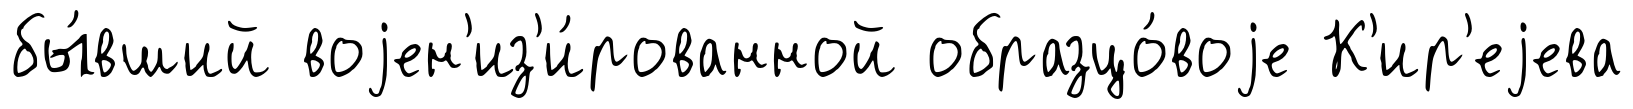
бы́вший воjен'из'и́рованной образцо́воjе К'ир'еjева